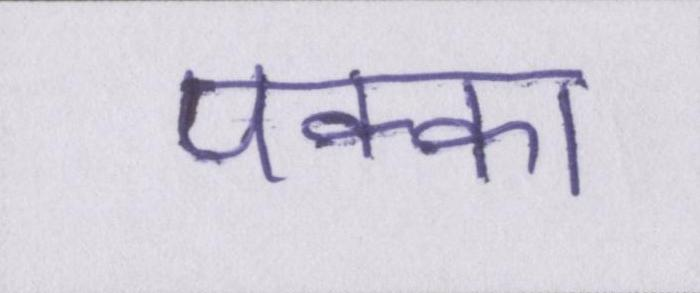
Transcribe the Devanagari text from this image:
पक्का